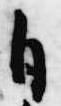
自